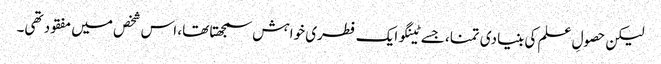
لیکن حصولِ علم کی بنیادی تمنا، جسے ٹینگو ایک فطری خواہش سمجھتا تھا، اس شخص میں مفقود تھی۔